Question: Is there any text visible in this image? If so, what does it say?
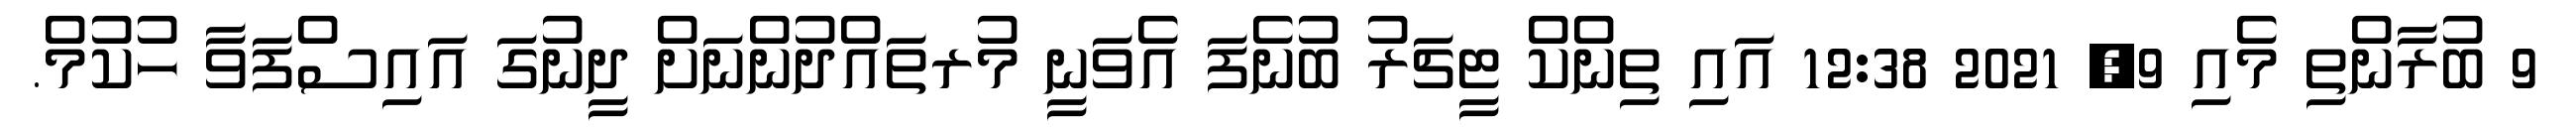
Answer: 9 ބުރާންތި މެއި 9, 2021 12:38 އައި ތިންކް ޓީޗަރު ބުނެފަ އެވަނީ މުރތައްދުންނަށް ދީނުގަ އައިސްފަވާ ހުކުމް.